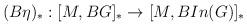
LaTeX: \begin{align*}(B\eta)_{\ast} : [M, BG]_{\ast}\rightarrow [M, BIn(G)]_{\ast}\end{align*}